King Institute of Preventive Medicine Micro-Biological Section reports 1912-19
Year: 1912
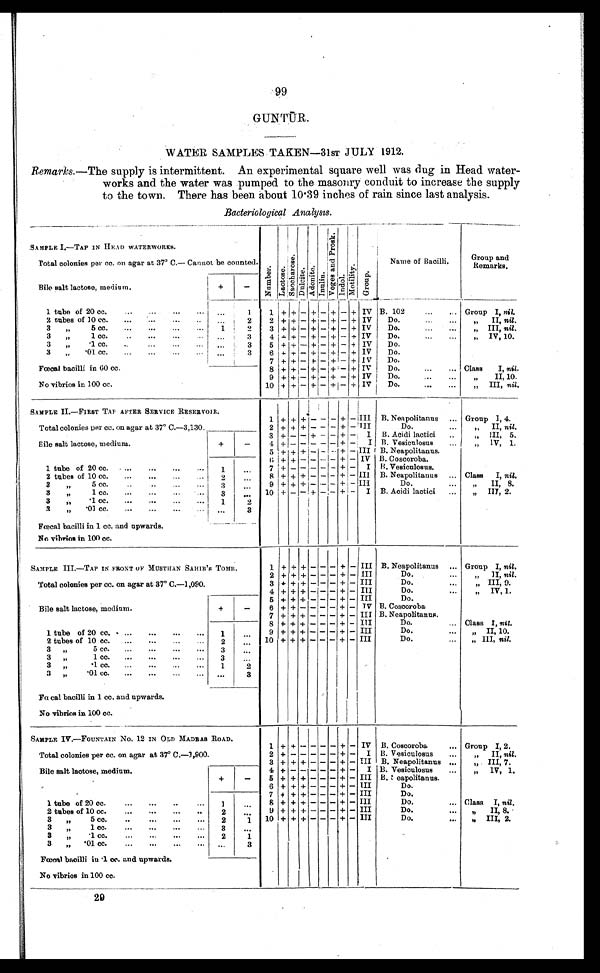
99
GUNTUR.
WATER SAMPLES TAKEN—31ST JULY 1912.
Remarks.—The supply is intermittent. An experimental square well was dug in Head water-
works and the water was pumped to the masonry conduit to increase the supply
to the town. There has been about 10 . 39 inches of rain since last analysis.
Bacteriological Analysts .
SAMPLE I.—TAP IN HEAD WATERWORKS.
N u m b e r .
Lact ose. Sa c c ha r os e .
D u l c i t e .
A d o n i t e .
I n u l i n . V o g e s a n d P r o s k .
I n d o l .
M o t i l i t y .
G r o u p .
Name of Bacilli.
Group and
Remarks.
Total colonies per cc. on agar at 37° C.—Cannot be counted.
Bile salt lactose, medium.
+
-
1 tube of 20 cc.
...
...
...
...
. . .
1
1 + +
- + - +
-
+ IV B. 102
...
... Group I, nil
2 tubes of 10 cc ....
...
...
. . .
...
2
2 + + - + - + - + IV Do.
...
„ II, nil.
3 „ 5 cc.
...
...
...
. . . 1
2
3 + + - + - + - + IV
Do.
...
...
„ III, nil.
3 „ 1 cc.
..
...
...
. .
. . . .
3
4 + + - + - + - + IV
Do.
...
„ IV, 10.
3 „ .
1 cc.
..
...
. . . . ...
3
5 + + - + - + - + IV Do.
3 „ .01 cc.
...
...
...
. . . .. .
3
6 + + - + - + - + IV
Do.
7 + + - + - + - + IV Do.
Fœcal bacilli in 60 cc.
8 + + - + - + - + IV
Do.
...
... Class I, nil.
No vibrios in 100 cc.
9 + + - + - + - + IV
Do.
...
. . . „
II, 10.
10 + + - + - + - + IV Do.
...
...
„ III, nil.
SAMPLE II.—FIRST TAP AFTER SERVICE RESERVOIR.
1 + + +
- - - +
- III B. Neapolitanus ... Group I , 4.
Total colonies per cc. on agar at 37° C.—3,130
2 + + + - - - + - I I I
Do.
...
„ II, nil.
3 + - - + - - + - I B. Acidi lactici ..
„ III , 5.
Bile salt lactose, medium.
+
-
4 + -
- + - - + - I B. Vesiculosus
...
,,„ IV, 1.
5 + + + - - - + - III B. Neapolitanus.
6 + + - - - - + - IV B. Coscoroba.
1 tube of 20 cc. .........
...
1
. . .
7 + - - - - - + - I B.Vesiculosus.
2 tubes of 10 cc.
...
..
...
. . .
2
. . . 8 + + + - - - + - III B. Neapolitanus ... Class I, nil.
3 „ 5 cc.
..
...
..
3
. . .
9 + + + - - - + - III
Do.
...
„ II, 8.
3 „ 1 cc.
...
...
. . .
3
. . .
10 + -
- +
- - +
- I B. Acidi lactici
„ III, 2.
3 „ .1 cc.
...
...
...
. . . 1
2
3 „ .01 cc.
...
... ..
...
3
Fœcal bacilli in 1 cc. and upwards.
No. vibrios in 100 cc.
SAMPLE III—TAP IN FRONT oF MUSTIIAN SAHIB 'S TOMB.
1 + + +
- - - +
- III B. Neapolitanus ... Group I, nil.
2 + + +
- - - +
- III
Do.
...
„ II , nil.
Total colonies per cc. on agar at 37° C.—1,090.
3 + + + - - - + - III
Do.
. . . „„ III, 9.
4
- - -
- III
Do.
...
„ IV, 1.
Bile salt lactose, medium.
+
-
5
+
- - - +- III
Do.
6 + + - - - - + - IV B. Coscoroba
7 + + +
- - - +
- III B. Neapolitanus.
8 + + + - - - + - III
Do.
... Class I, nil.
1 tube of 20 cc. ... ...
...
. 1
. . .
9 + + + - - - + - III
Do.
...
„ II, 10.
2 tubes of 10 cc. ...
...
. . .
2
. . .
10 + + + - - - + - III
Do.
...
„ III, nil.
3 „
5 cc. ...
...
. . . 3
. . .
3 „ 1 cc. ...
...
...
3
. . .
3 „ .1 cc. ...
...
. .
. . . 1
2
3 „ .01 cc. ...
...
...
3
Fœcal bacilli in 1 cc. and upwards.
No vibrios in 100 cc.
SAMPLE IV.—FOUNTAIN No. 12 IN OLD MADRAS ROAD.
1 + +
- - - - +
-
I V
B . C o s c o r o b a Group I, 2.
Total colonies per cc. on agar at 37° C.—1,900.
2 + - - - - -
+ - I
B . V e s i c u l o s u s
„ II, nil.
Bile salt lactose, medium.
+
-
3 + + + - - - + -
I I I
B . N e a p o l i t a n u s
„ III, 7.
4 + - - - - - + -
I
B . V e s i c u l o s u s
„ IV, 1.
5 + + + - - -
-
I I I
B . N e a p o l i t a n u s .
6 + + + - - - + -
I I I
D o .
1 tube of 20 cc.
...
...
. . .
. . .
1 . . .
7 + + + - - - + - I I I
D o .
2 tubes of 10 cc.
...
...
...
..
2
. . .
8 + + + - - - + -
I I I
D o .
,, Class I, nil.
3 „ 5 co.
....
..
. . 2
1
9 + + + - - - + -
I I I
D o .
„ II, 8.
3 „ 1 cc.
..
...
. . . ...
3
...
1 0
+ + + - - - + -
I I I
D o .
„ III, 2.
3 „ .1 cc.
...
...
. . .
2
1
3 „ .01 cc.
...
...
...
. . . ...
3
Fœcal bacilli in 1 cc. and upwards.
No vibrios in 100 cc.
29